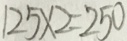
1 2 5 \times 2 = 2 5 0